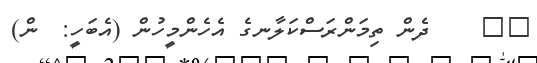
٨٢    ދެން ތިމަންރަސްކަލާނގެ އެހެންމީހުން (އެބަހީ:  ން)